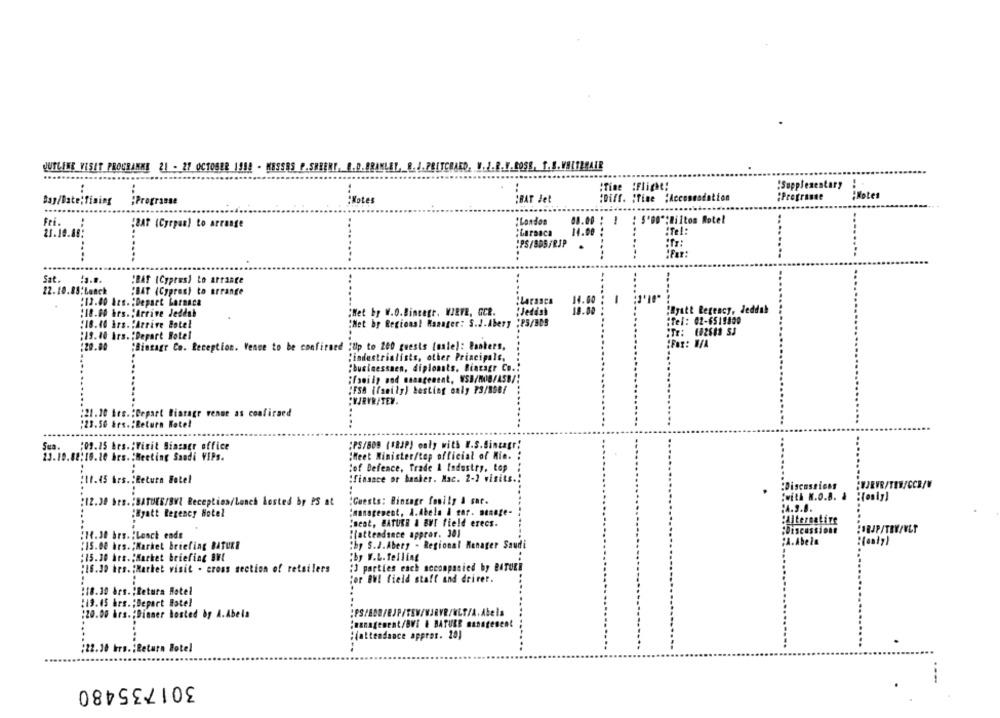
W.ROSE, T. S.VALTERAIR
OUTLINE VISIT PROGRAMME 21 - 27 OCTOBER 1952 - NESS85
:Time :Flight:
:Supplementary
Day/Date:fining
Programse
:Notes
;BAT Jet
"Diff. "Time :Accommodation
:Progrande
"Notes
Fri.
:London
58.00 : 1 : 5'90":Milton Rotel
"BAT (Cyrpas) to arrange
21.10.88:
:Larnaca
14.00
:PS/BD5/RJP
...
Sat.
"BAT (Cyprus) Lo arrange
22. 10.88:Laack
"BAT (Cypres) to arrange
'13.00 Ars. : Depart Larnaca
14.00
-
: 18.60 hrs."Arrive Jeddah
¡Net by W.O.Bincagr. WIRTE, GCR.
Jedish
18.00
iByatt Regency, Jeddah
:Net by Regions! Manager: S.J.Abery :P5/B05
:Tel: 02-6519800
:18.40 års. "Arrive Botel
:19.10 hrs. : Depart Hotel
:Fax: W/A
:20.80
"Bingagr Co. Reception. Venue to be confirmed ;Up to 200 guests (male): Banters,
"industrialists, other Principale,
:businessnen, diplomats, Bincagr Co ..
ifamily and management, WSB/HOB/ASB/
(FSA (family) besting only P3/808/
CVJRVR/TEM.
:21.20 hrs. : Depart Biaragr venue as confiraed
:23.50 års .: Return Rotel
Sua.
:09.15 hrs .: Visit Bincagr office
;PS/809 (18JP) only with I.S.Sintagr;
23.19.08:10.10 hrs. : Meeting Sandi VIPs.
:Heet Minister/top official of Mio.
:of Defence, Trade & Industry, top
:10.45 Ars."Return Fotel
:finsace or basher. Mac. 2-] visits.
:Discussions
HUURVR/TEW/CCB/W
:with N.O.B. &
:12.30 hrs .: BATUER/BVl Reception/Lunch Losted by PS at
:Guests: Bingogr fomily & sar.
:A.S.B.
"Hyatt Regency Hotel
:management, A.Abela & sar. menage-
"Beat, BATURR & BVE field erecs.
"Alternative
:Discussione
:18.30 brs. : Lunch ende
"[attendance appror. 30)
:15.00 hrs .; Market briefing BATUER
:by S.J.Abery - Regional Manager Saudi
;A.Abela
:15.30 Art."Market briefing BW!
:by W.L. Telling
" parties each accompanied by RATURE
$16.30 hrs. : Marhet visit . cross section of retailers
jor BW! field staff and drirer.
:18.30 års. "Retura Hotel
:13.45 hrs. ; Depart Batel
:20.00 hrs .; Dinner hosted by A.Abela
:management/BVI & BATUBE sanaresent
"(attendance appren. 20)
:22.10 hrs .; Return Botel
301735480